Regulations for the medical services of the Army of India
Year: 1930
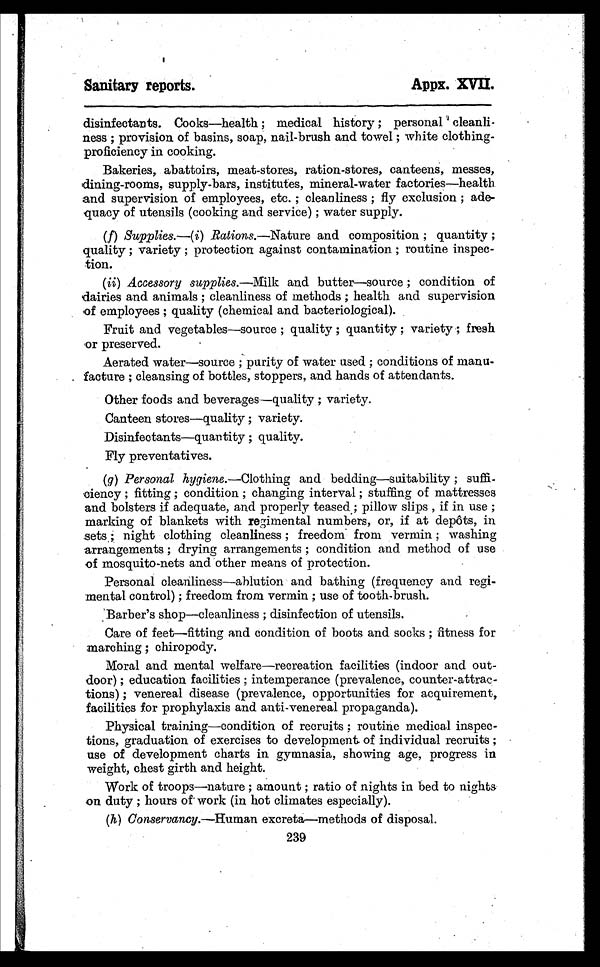
Sanitary reports.
Appx. XVII.
disinfectants. Cooks—health ; medical history ; personal cleanli-
ness ; provision of basins, soap, nail-brush and towel ; white clothing-
proficiency in cooking.
Bakeries, abattoirs, meat-stores, ration-stores, canteens, messes,
dining-rooms, supply-bars, institutes, mineral-water factories—health.
and supervision of employees, etc. ; cleanliness ; fly exclusion ; ade-
quacy of utensils (cooking and service) ; water supply.
(f) Supplies.—( i ) Rations.—Nature and composition ; quantity ;
quality ; variety ; protection against contamination ; routine inspec-
tion.
(ii) Accessory supplies.—Milk and butter—source ; condition of
dairies and animals ; cleanliness of methods ; health and supervision
of employees ; quality (chemical and bacteriological).
Fruit and vegetables—source ; quality ; quantity ; variety ; fresh
or preserved.
Aerated water—source ; purity of water used ; conditions of manu-
facture ; cleansing of bottles, stoppers, and hands of attendants.
Other foods and beverages—quality ; variety.
Canteen stores—quality ; variety.
Disinfectants—quantity ; quality.
Fly preventatives.
(g) Personal hygiene.—Clothing and bedding—suitability ;
suffi-ciency ; fitting ; condition ; changing interval ; stuffing of mattresses
and bolsters if adequate, and properly teased ; pillow slips , if in use ;
marking of blankets with regimental numbers, or, if at depôts, in
sets ; night clothing cleanliness ; freedom from vermin ; washing
arrangements ; drying arrangements ; condition and method of use
of mosquito-nets and other means of protection.
Personal cleanliness—ablution and bathing (frequency and regi-
mental control) ; freedom from vermin ; use of tooth-brush.
Barber's shop—cleanliness ; disinfection of utensils.
Care of feet—fitting and condition of boots and socks ; fitness for
marching ; chiropody.
Moral and mental welfare—recreation facilities (indoor and out-
door) ; education facilities ; intemperance (prevalence, counter-attrac-
tions) ; venereal disease (prevalence, opportunities for acquirement,
facilities for prophylaxis and anti-venereal propaganda).
Physical training—condition of recruits ; routine medical inspec-
tions, graduation of exercises to development of individual recruits ;
use of development charts in gymnasia, showing age, progress in
weight, chest girth and height.
Work of troops—nature ; amount ; ratio of nights in bed to nights
on duty ; hours of work (in hot climates especially).
(h) Conservancy.—Human excreta—methods of disposal
.
(i)
239